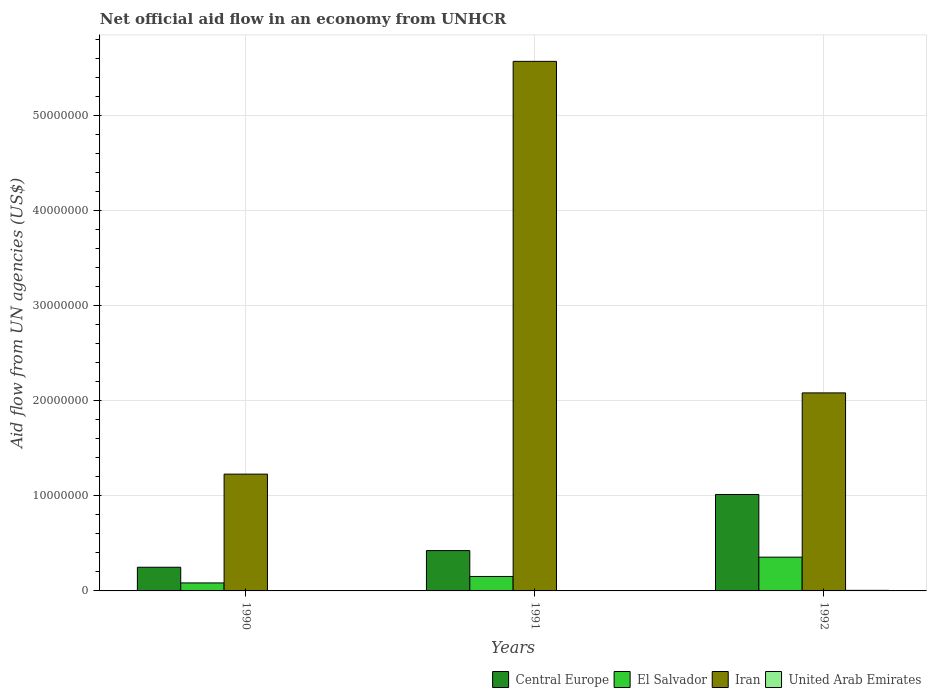
| Years | Central Europe | El Salvador | Iran | United Arab Emirates |
 | --- | --- | --- | --- | --- |
 | 1990 | 2.49e+06 | 8.4e+05 | 1.23e+07 | 2e+04 |
 | 1991 | 4.24e+06 | 1.52e+06 | 5.57e+07 | 4e+04 |
 | 1992 | 1.01e+07 | 3.55e+06 | 2.08e+07 | 6e+04 |